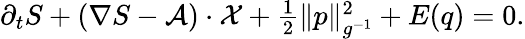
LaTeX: \begin{array}{r}{\partial_{t}S+(\nabla S-\mathcal{A})\cdot\mathcal{X}+\frac{1}{2}\| p\| _{g^{-1}}^{2}+E(q)=0.}\end{array}